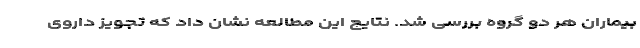
بیماران هر دو گروه بررسی شد. نتایج این مطالعه نشان داد که تجویز داروی